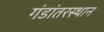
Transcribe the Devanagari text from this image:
गंडांतरस्थान